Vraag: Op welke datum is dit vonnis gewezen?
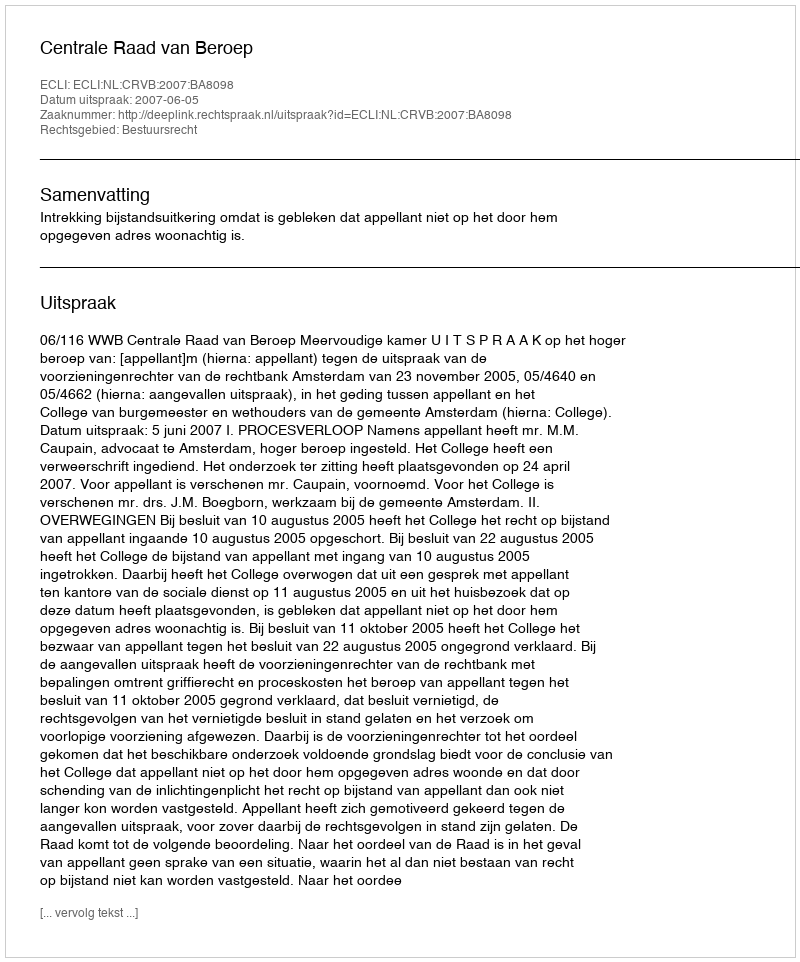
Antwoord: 2007-06-05